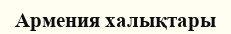
Армения халықтары